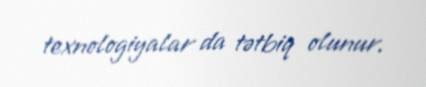
texnologiyalar da tətbiq olunur.